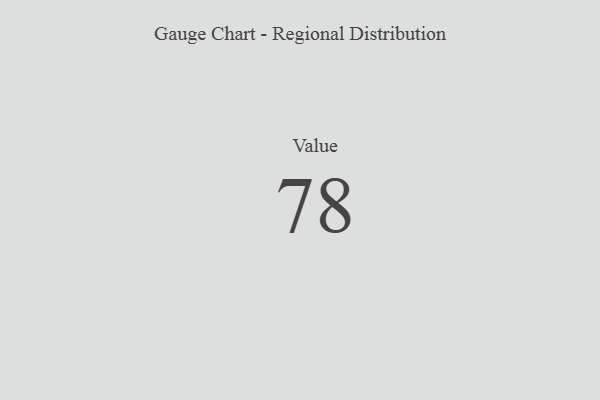
{"axis": {"x": "Metric", "y": "Value"}, "legend": [""], "data": [{"x": "Value", "y": 78, "type": ""}]}